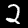
Digit: 2